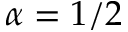
\alpha = 1 / 2